Madras plague regulations and rules for district municipalities and other towns and villages
Disease focus: Plague
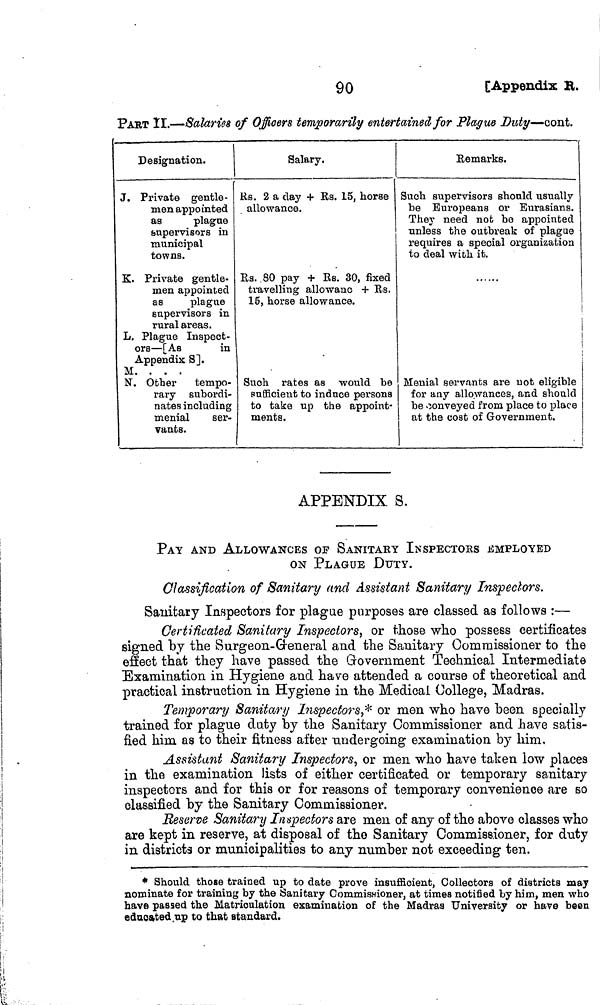
90
[Appendix
R.
PART II.—Salaries of Officers temporarily entertained for Plague Duty—cont.
Designation.
J. Private gentle-
men appointed
as
plague
supervisors in
municipal
towns.
K. Private gentle-
men appointed
as
plague
supervisors in
rural areas.
L. Plague Inspect-
ors — [As
in
Appendix S].
M. . . .
N. Other tempo-
rary subordi-
nates including
menial
ser-
vants.
Salary.
Rs. 2 a day + Rs. 15, horse
allowance.
Rs. ,80 pay + Rs. 30, fixed
travelling allowance + Rs.
15, horse allowance.
Such rates as would be
sufficient to induce persons
to take up the appoint-
ments.
Remarks.
Such supervisors should usually
be Europeans or Eurasians.
They need not bo appointed
unless the outbreak of plague
requires a special organization
to deal with it.
Menial servants are not eligible
for any allowances, and should
be conveyed from place to place
at the cost of Government.
APPENDIX S.
PAY AND ALLOWANCES OF SANITARY INSPECTORS EMPLOYED
ON PLAGUE DUTY.
Classification of Sanitary and Assistant Sanitary Inspectors.
Sanitary Inspectors for plague purposes are classed as follows :—
Certificated Sanitary Inspectors, or those who possess certificates
signed by the Surgeon-General and the Sanitary Commissioner to the
effect that they have passed the Government Technical Intermediate
Examination in Hygiene and have attended a course of theoretical and
practical instruction in Hygiene in the Medical College, Madras.
Temporary Sanitary Inspectors,* or men who have been specially
trained for plague duty by the Sanitary Commissioner and Lave satis-
fied him as to their fitness after undergoing examination by him,
Assistant Sanitary Inspectors, or men who have taken low places
in the examination lists of either certificated or temporary sanitary
inspectors and for this or for reasons of temporary convenience are so
classified by the Sanitary Commissioner.
Reserve Sanitary Inspectors are men of any of the above classes who
are kept in reserve, at disposal of the Sanitary Commissioner, for duty
in districts or municipalities to any number not exceeding ten.
* Should those trained up to date prove insufficient, Collectors of districts may
nominate for training by the Sanitary Commissioner, at times notified by him, men who
have passed the Matriculation examination of the Madras University or have been
educated up to that standard.